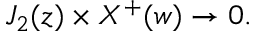
J _ { 2 } ( z ) \times X ^ { + } ( w ) \rightarrow 0 .